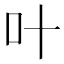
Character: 叶